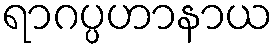
ရာဂပ္ပဟာနာယ